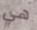
هي